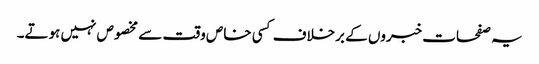
یہ صفحات خبروں کے برخلاف کسی خاص وقت سے مخصوص نہیں ہوتے۔